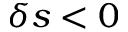
\delta s < 0